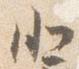
北